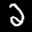
Label: 2